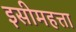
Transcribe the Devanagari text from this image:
इसीमहत्ता